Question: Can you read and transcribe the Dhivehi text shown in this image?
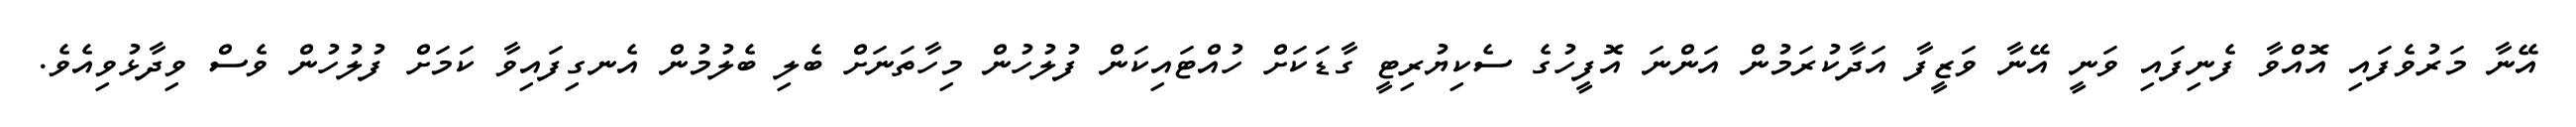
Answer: އޭނާ މަރުވެފައި އޮއްވާ ފެނިފައި ވަނީ އޭނާ ވަޒީފާ އަދާކުރަމުން އަންނަ އޮފީހުގެ ސެކިޔުރިޓީ ގާޑަކަށް ހުއްޓައިކަން ފުލުހުން މިހާތަނަށް ބެލި ބެލުމުން އެނގިފައިވާ ކަމަށް ފުލުހުން ވެސް ވިދާޅުވިއެވެ.